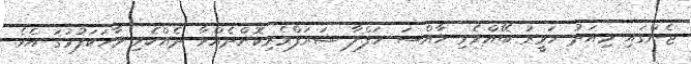
ޖެންގައި މިއަދު ހަވީރު ބޭއްވެވި ހާއްސަ ހަފްލާ ޝަރަފްވެރިކޮށްދެއްވާ ދެއްކެވި ވާހަކަފުޅުގަ އެވެ.